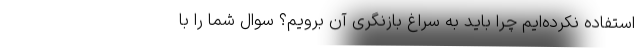
استفاده نکرده‌ایم چرا باید به سراغ بازنگری آن برویم؟ سوال شما را با